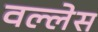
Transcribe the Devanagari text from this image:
वल्लेस